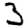
Digit: 3